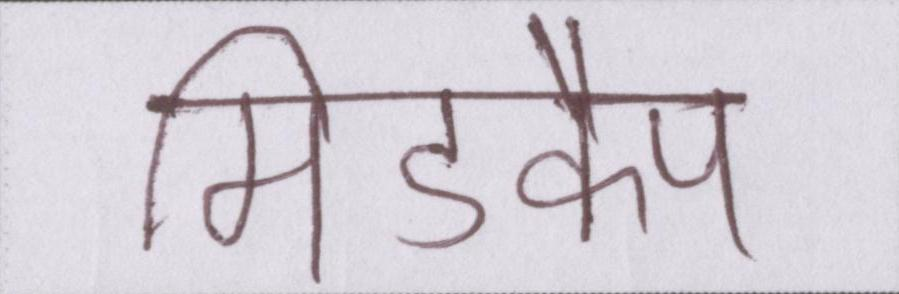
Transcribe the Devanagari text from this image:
मिडकैप